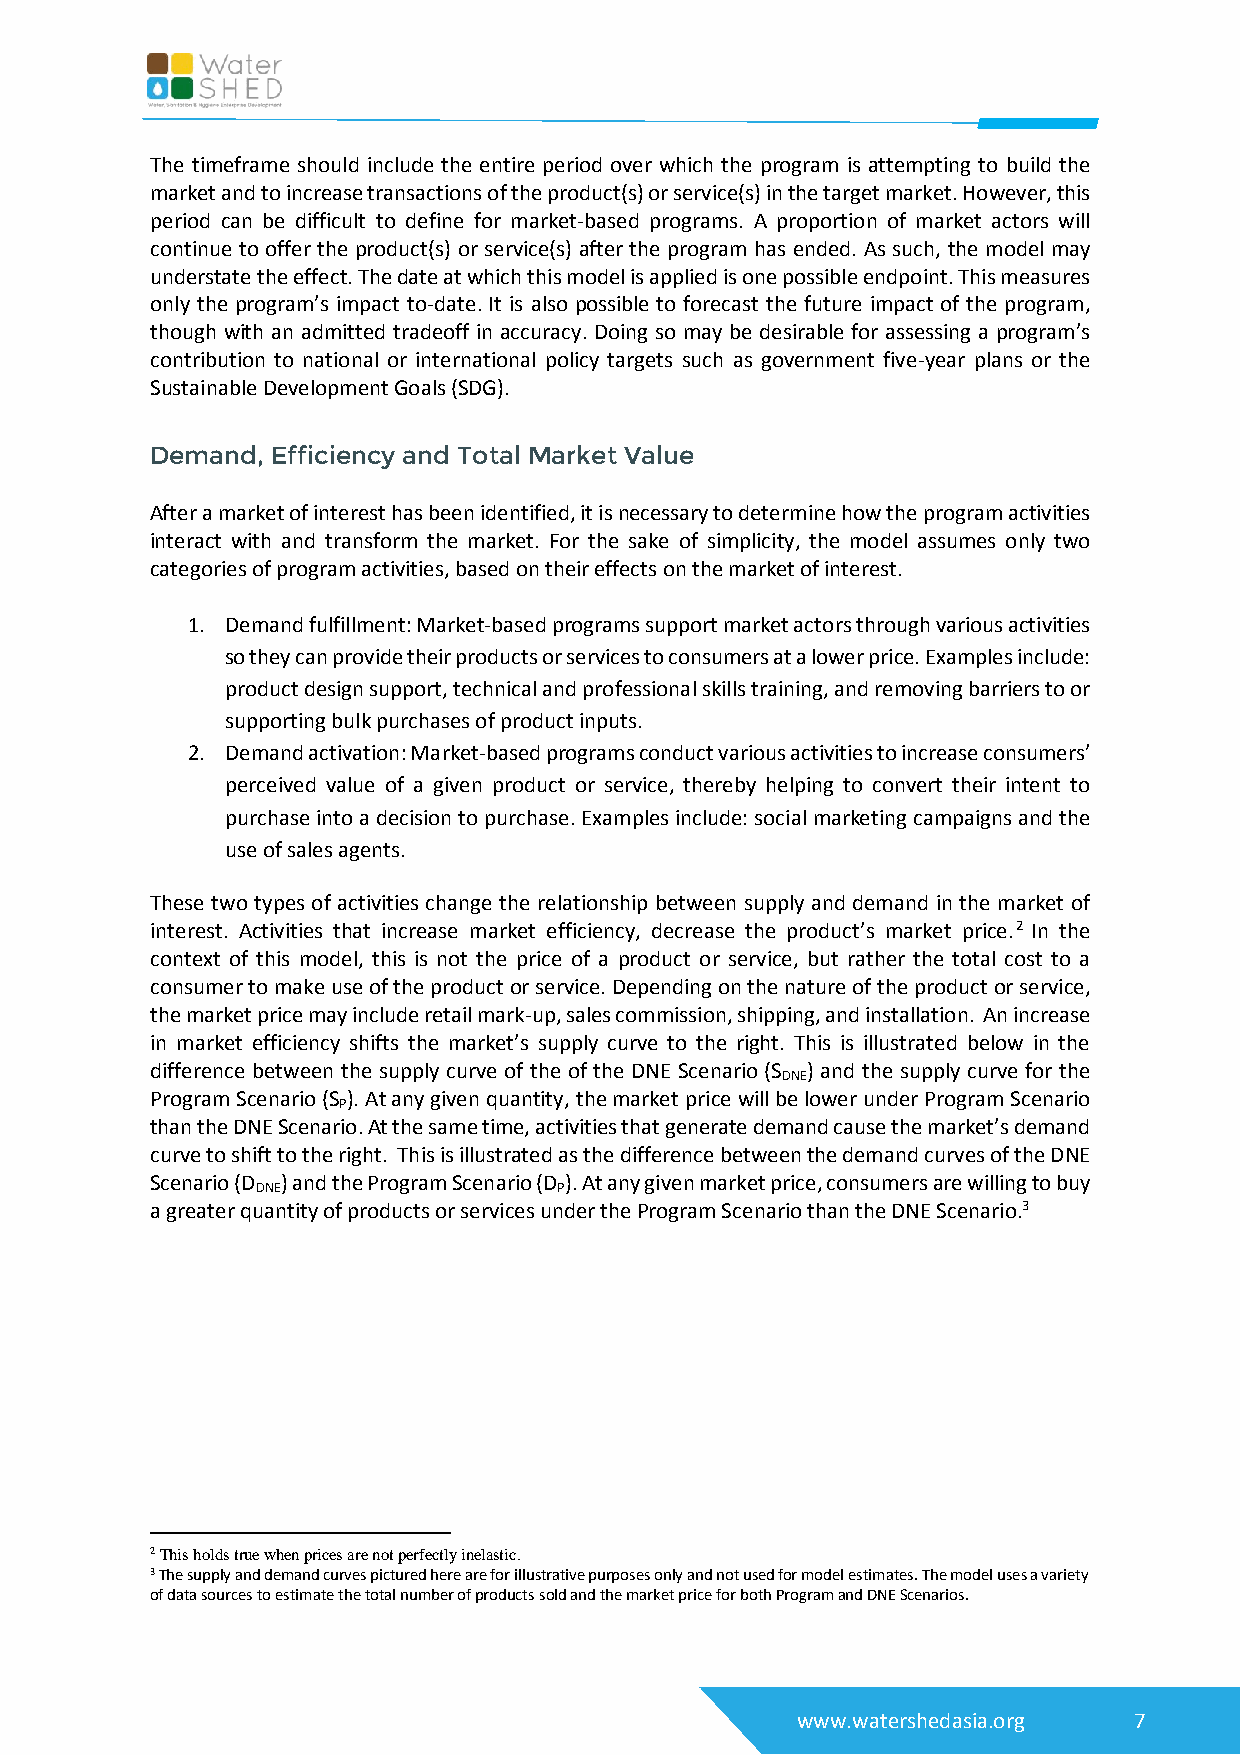
The timeframe should include the entire period over which the program is attempting to build the
 market and to increase transactions of the product(s) or service(s) in the target market. However, this
 period can be difficult to define for market-based programs. A proportion of market actors will
 continue to offer the product(s) or service(s) after the program has ended. As such, the model may
 understate the effect. The date at which this model is applied is one possible endpoint. This measures
 only the program’s impact to-date. It is also possible to forecast the future impact of the program,
 though with an admitted tradeoff in accuracy. Doing so may be desirable for assessing a program’s
 contribution to national or international policy targets such as government five-year plans or the
 Sustainable Development Goals (SDG).
 Demand, Efficiency and Total Market Value
 After a market of interest has been identified, it is necessary to determine how the program activities
 interact with and transform the market. For the sake of simplicity, the model assumes only two
 categories of program activities, based on their effects on the market of interest.
 1. Demand fulfillment: Market-based programs support market actors through various activities
 so they can provide their products or services to consumers at a lower price. Examples include:
 product design support, technical and professional skills training, and removing barriers to or
 supporting bulk purchases of product inputs.
 2. Demand activation: Market-based programs conduct various activities to increase consumers’
 perceived value of a given product or service, thereby helping to convert their intent to
 purchase into a decision to purchase. Examples include: social marketing campaigns and the
 use of sales agents.
 These two types of activities change the relationship between supply and demand in the market of
 interest. Activities that increase market efficiency, decrease the product’s market price.2 In the
 context of this model, this is not the price of a product or service, but rather the total cost to a
 consumer to make use of the product or service. Depending on the nature of the product or service,
 the market price may include retail mark-up, sales commission, shipping, and installation. An increase
 in market efficiency shifts the market’s supply curve to the right. This is illustrated below in the
 difference between the supply curve of the of the DNE Scenario (S ) and the supply curve for the
 DNE
 Program Scenario (S ). At any given quantity, the market price will be lower under Program Scenario
 P
 than the DNE Scenario. At the same time, activities that generate demand cause the market’s demand
 curve to shift to the right. This is illustrated as the difference between the demand curves of the DNE
 Scenario (D ) and the Program Scenario (D ). At any given market price, consumers are willing to buy
 DNE                 P
 a greater quantity of products or services under the Program Scenario than the DNE Scenario.3
 2 This holds true when prices are not perfectly inelastic.
 3 The supply and demand curves pictured here are for illustrative purposes only and not used for model estimates. The model uses a variety
 of data sources to estimate the total number of products sold and the market price for both Program and DNE Scenarios.
 www.watershedasia.org 7